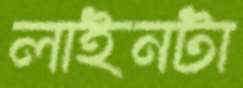
লাইনটা